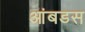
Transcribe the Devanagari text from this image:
आंबडस